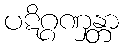
ပဋိဂ္ဂဏှန္တာ